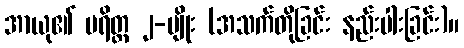
အာယု၏ ပရိတ္တ ၂-မျိုး (အသက်တိုခြင်း နည်းပါးခြင်း)။